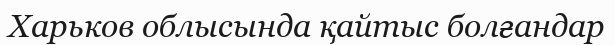
Харьков облысында қайтыс болғандар